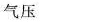
气压___